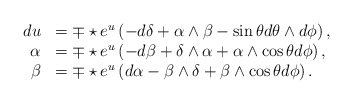
\begin{align*}\begin{array}{rl}du&= \mp\star e\sp{u}\left(-d\delta +\alpha\wedge \beta -\sin\theta d\theta\wedge d\phi \right),\\\alpha&= \mp\star e\sp{u}\left(-d\beta+\delta\wedge\alpha+\alpha\wedge\cos\theta d\phi \right),\\\beta&= \mp\star e\sp{u}\left(d\alpha-\beta\wedge\delta+\beta\wedge\cos\theta d\phi\right).\end{array}\end{align*}